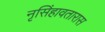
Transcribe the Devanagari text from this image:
नृसिंहावतारास